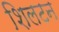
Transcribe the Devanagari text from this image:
शिलटन